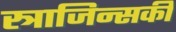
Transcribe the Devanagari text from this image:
स्त्राजिन्सकी